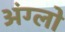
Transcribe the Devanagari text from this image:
अंग्लो